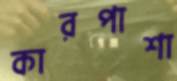
কারপাশা